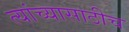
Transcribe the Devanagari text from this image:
त्यांच्यासाठीच